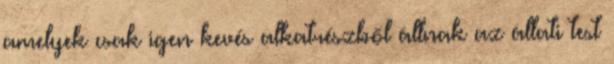
amelyek csak igen kevés alkatrészből állnak az állati test